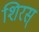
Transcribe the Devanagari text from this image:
शिरस्